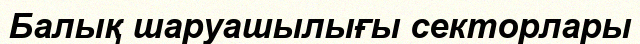
Балық шаруашылығы секторлары